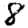
Digit: 8